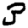
Digit: 3